Annual statistical returns and brief notes on vaccination in Bengal - 1896-1909
Year: 1896
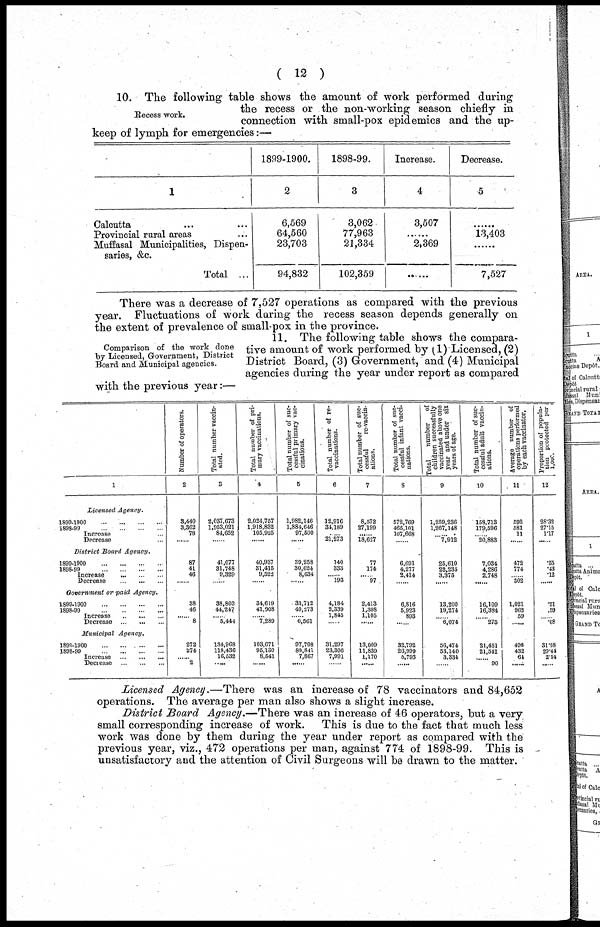
( 12 )
Recess work.
10. The following table shows the amount of work performed during
the recess or the non-working season chiefly in
connection with small-pox epidemics and the up-
keep of lymph for emergencies:—
1
Calcutta ... ...
Provincial rural areas ...
Muffasal Municipalities, Dispen-
saries, &c.
Total ...
1899-1900.
2
6,569
64,560
23,703
94,832
1898-99.
3
3,062
77,963
21,334
102,359
Increase.
4
3,507
......
2,369
......
Decrease.
5
......
13,403
......
7,527
There was a decrease of 7,527 operations as compared with the previous
year. Fluctuations of work during the recess season depends generally on
the extent of prevalence of small-pox in the province.
Comparison of the work done
by Licensed, Government, District
Board and Municipal agencies.
11. The following table shows the compara-
tive amount of work performed by (1) Licensed, (2)
District Board, (3) Government, and (4) Municipal
agencies during the year under report as compared
with the previous year:—
1
Licensed Agency.
1899-1900
...
...
...
...
1898-99
...
...
...
...
Increase ...
Decrease ...
District Board Agency.
1899-1900
...
...
...
...
1898-99
...
...
...
...
Increase
...
...
...
Decrease
...
...
...
Government or paid Agency.
1899-1900
...
...
...
...
1898-99
...
...
...
...
Increase
...
...
...
Decrease
... ... ...
Municipal
Agency.
1899-1900
...
...
...
...
1898-99
...
...
...
...
Increase...
...
...
Decrease
...
...
...
Number of operators.
2
3,440
3,362
78
......
87
41
46
......
38
46
...... 8
272
274
...... 2
Total number vaccin-
ated.
3
2,037,673
1,953,021
84,652
......
41,077
31,748
9,329
......
38,803
44,247
...... 5,444
134,968
118,436
16,532
......
Total number of pri-
mary vaccinations.
4
2,024,757
1,918,832
105,925
......
40,937
31,415
9,522
......
34,619
41,908
...... 7,289
103,671
95,130
8,541
......
Total number of suc-
cessful primary vac-
cinations.
5
1,982,146
1,884,646
97,500
......
39,258
30,624
8,634
......
33,712
40,273
...... 6,561
97,708
89,841
7,867
......
Total number of re¬
vaccinations.
6
12,916
34,189
... 21,273
140
333
...... 193
4,184
2,339
1,845
......
31,297
23,306
7,991
......
Total number of suc-
cessful
re-vaccin-
ations.
7
8,572
27,199
......
18,627
77
174
...... 97
2,413
1,308
1,105
......
13,009
11,839
1,170
......
Total number of suc-
cessful infant vacci-
nations.
8
572,769
465,101
107,668
......
6,691
4,277
2,414
......
6,816
5,923
893
......
32,792
26,999
5,793
......
Total
number
of
children successfully
vaccinated above one
year and under six
years of age.
9
1,259,236
1,267,148
...... 7,912
25,610
22,235
3,375
......
13,200
19,274
...... 6,074
56,474
53,140
3,334
......
Total number of suc-
cessful adult vaccin-
ations.
10
158,713
179,596
...... 20,883
7,034
4,286
2,748
......
16,109
16,384
...... 275
21,451
21,541
......
90
Average number of
operations performed
by each vaccinator.
11
592
581
11
......
472
774
...... 302
1,021
962
59
......
496
432
64
......
Proportion of popula-
tion
protected
per
1,000.
12
28.32
27.15
1.17
......
.55
.43
.12
......
.51
.59
...... .08
31.98
29.41
2.54
......
Licensed Agency.—There was an increase of 78 vaccinators and 84,652
operations. The average per man also shows a slight increase.
District Board Agency.—There was an increase of 46 operators, but a very
small corresponding increase of work. This is due to the fact that much less
work was done by them during the year under report as compared with the
previous year, viz., 472 operations per man, against 774 of 1898-99. This is
unsatisfactory and the attention of Civil Surgeons will be drawn to the matter.